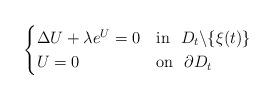
LaTeX: \begin{align*}\begin{cases}\Delta U+\lambda e^U=0 & \textrm{in}\ \ D_t\backslash\{\xi(t)\}\\U=0 & \textrm{on}\ \ \partial D_t\end{cases}\end{align*}